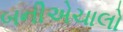
બનીએચાલો